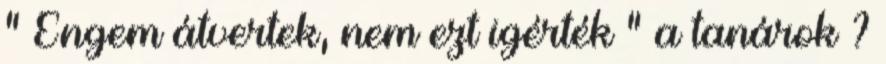
" Engem átvertek, nem ezt igérték " a tanárok ?